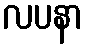
လပနာ